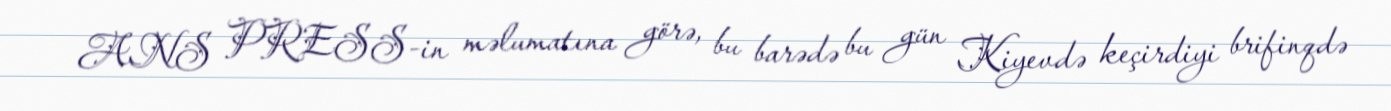
ANS PRESS-in məlumatına görə, bu barədə bu gün Kiyevdə keçirdiyi brifinqdə